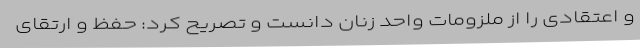
و اعتقادی را از ملزومات واحد زنان دانست و تصریح کرد: حفظ و ارتقای